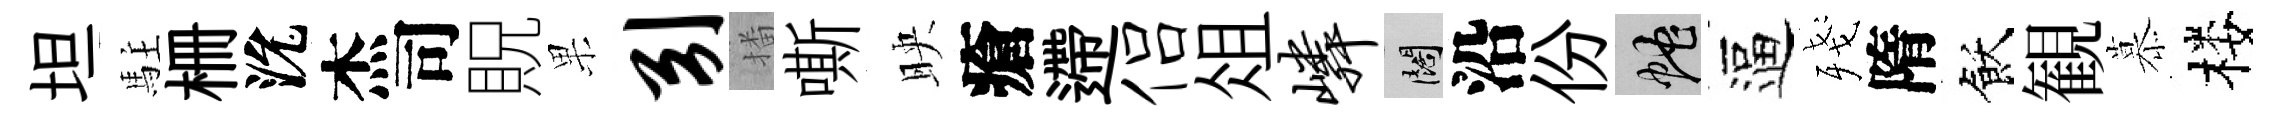
坦駐栅沇杰司貺果引播嘶映瘡遰侣俎嶙闊沿份蛇逼殘隋飫観慕楼